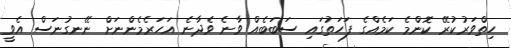
ހިތްވަރުކުރޭ ކޮންމެ ކަމެއްގެ ފަހަތުގައި ސަބަބެއް ވާނެ ވެދާނެ އަހަރެމެންނަށް ނޭނގުނަސް އެވީ